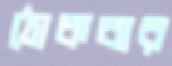
ঠোকবার